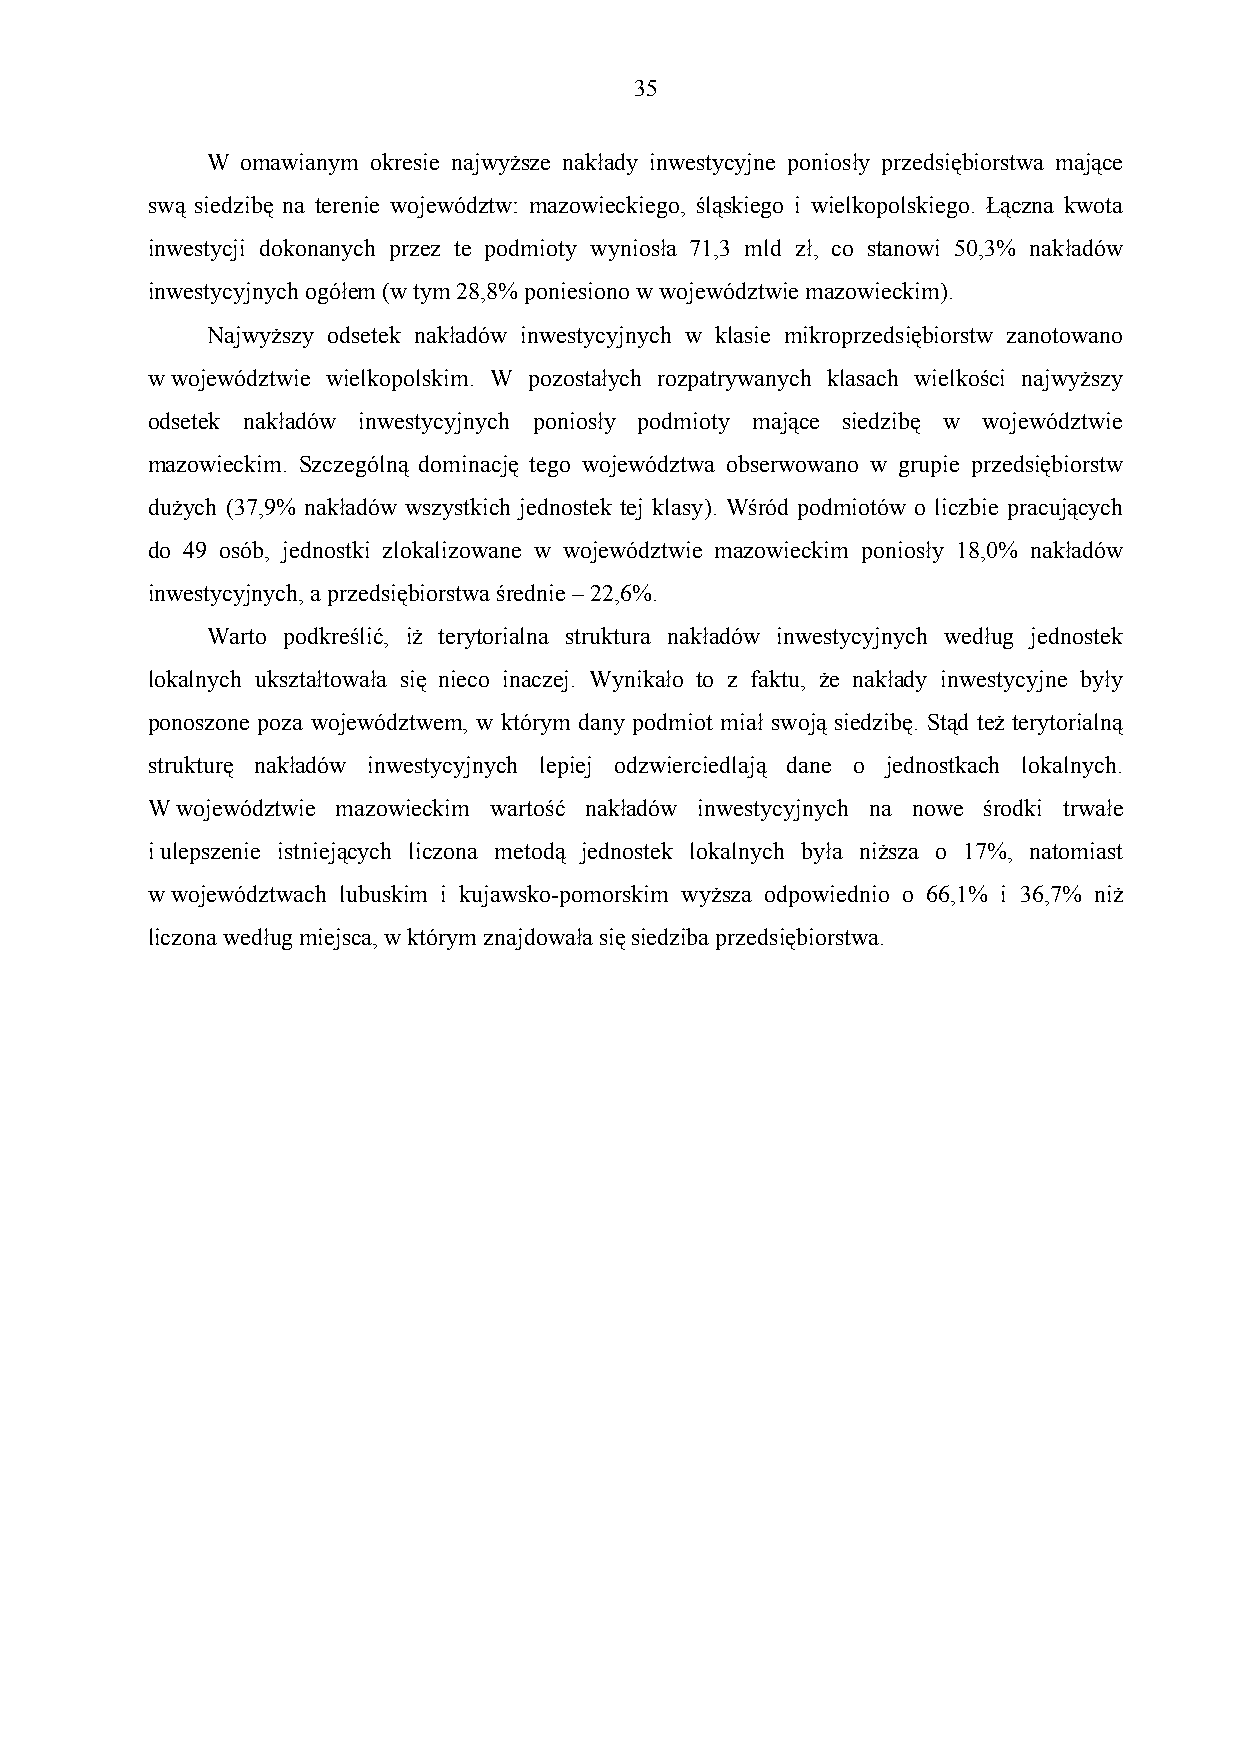
35
 W omawianym okresie najwyższe nakłady inwestycyjne poniosły przedsiębiorstwa mające
 swą siedzibę na terenie województw: mazowieckiego, śląskiego i wielkopolskiego. Łączna kwota
 inwestycji dokonanych przez te podmioty wyniosła 71,3 mld zł, co stanowi 50,3% nakładów
 inwestycyjnych ogółem (w tym 28,8% poniesiono w województwie mazowieckim).
 Najwyższy odsetek nakładów inwestycyjnych w klasie mikroprzedsiębiorstw zanotowano
 w województwie wielkopolskim. W pozostałych rozpatrywanych klasach wielkości najwyższy
 odsetek nakładów inwestycyjnych poniosły podmioty mające siedzibę w województwie
 mazowieckim. Szczególną dominację tego województwa obserwowano w grupie przedsiębiorstw
 dużych (37,9% nakładów wszystkich jednostek tej klasy). Wśród podmiotów o liczbie pracujących
 do 49 osób, jednostki zlokalizowane w województwie mazowieckim poniosły 18,0% nakładów
 inwestycyjnych, a przedsiębiorstwa średnie – 22,6%.
 Warto podkreślić, iż terytorialna struktura nakładów inwestycyjnych według jednostek
 lokalnych ukształtowała się nieco inaczej. Wynikało to z faktu, że nakłady inwestycyjne były
 ponoszone poza województwem, w którym dany podmiot miał swoją siedzibę. Stąd też terytorialną
 strukturę nakładów inwestycyjnych lepiej odzwierciedlają dane o jednostkach lokalnych.
 W województwie mazowieckim wartość nakładów inwestycyjnych na nowe środki trwałe
 i ulepszenie istniejących liczona metodą jednostek lokalnych była niższa o 17%, natomiast
 w województwach lubuskim i kujawsko-pomorskim wyższa odpowiednio o 66,1% i 36,7% niż
 liczona według miejsca, w którym znajdowała się siedziba przedsiębiorstwa.